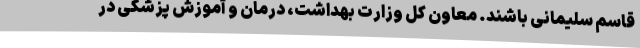
قاسم سلیمانی باشند. معاون کل وزارت بهداشت، درمان و آموزش پزشکی در